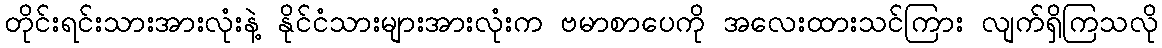
တိုင်းရင်းသားအားလုံးနဲ့ နိုင်ငံသားများအားလုံးက ဗမာစာပေကို အလေးထားသင်ကြား လျက်ရှိကြသလို